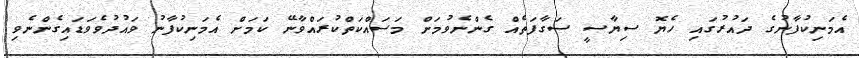
އެމަނިކުފާނުގެ ދައުރުގައި ހެޔޮ ސިޔާސީ ސަގާފަތެއް ގެންނެވުމަށް މަސައްކަތްކުރައްވާނޭ ކަމަށް އެމަނިކުފާނު ވައުދުވެވަޑައިގެންނެވި